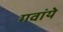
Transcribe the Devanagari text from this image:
गवांये